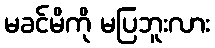
မခင်မိကို မပြဘူးလား